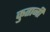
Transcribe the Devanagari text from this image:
कुतानी